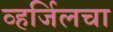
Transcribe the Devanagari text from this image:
व्हर्जिलचा